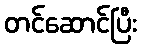
တင်ဆောင်ပြီး